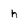
Character: h